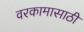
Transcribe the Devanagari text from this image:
वरकामासाठी